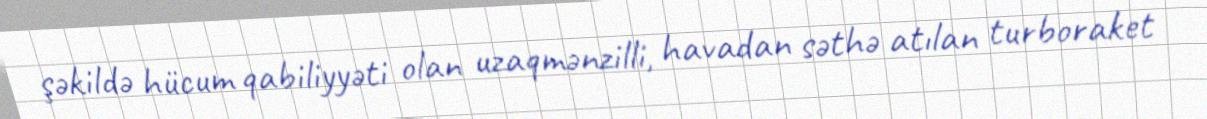
şəkildə hücum qabiliyyəti olan uzaqmənzilli, havadan səthə atılan turboraket